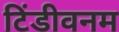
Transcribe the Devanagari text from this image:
टिंडीवनम